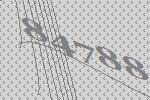
84788